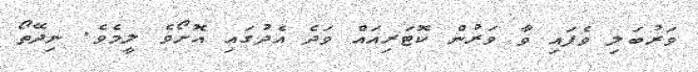
ވަރުބަލި ވެފައި ވާ ވަރުން ކޮޓަރިއައް ވަދެ އެދުގައި އޮށޯވެ ލީމެވެ. ނިދޭތޯ